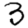
Digit: 3